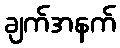
ချက်အနက်